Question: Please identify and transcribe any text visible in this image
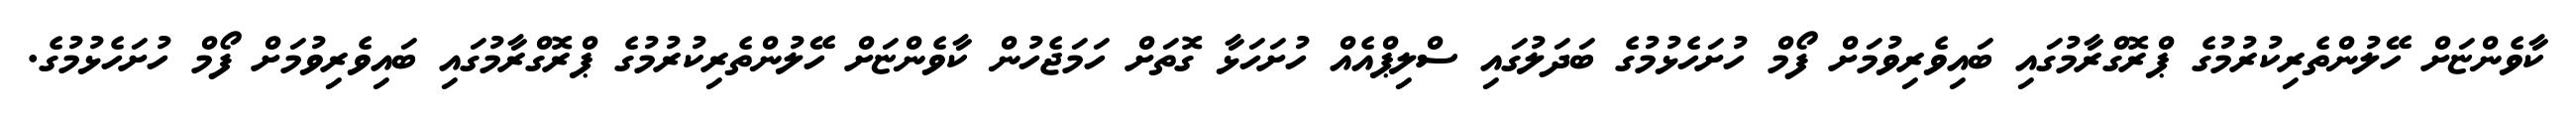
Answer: ކާވެންޏަށް ހޭލުންތެރިކުރުމުގެ ޕްރޮގްރާމުގައި ބައިވެރިވުމަށް ފޯމް ހުށަހެޅުމުގެ ބަދަލުގައި ސްލިޕްއެއް ހުށަހަޅާ ގޮތަށް ހަމަޖެހުން ކާވެންޏަށް ހޭލުންތެރިކުރުމުގެ ޕްރޮގްރާމުގައި ބައިވެރިވުމަށް ފޯމް ހުށަހެޅުމުގެ.